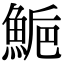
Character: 𩷴